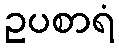
ဥပစာရံ